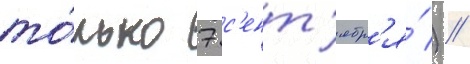
то́лько 7 с'ент'ябр'я́) //